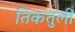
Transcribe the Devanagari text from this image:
तिकतुली